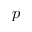
p